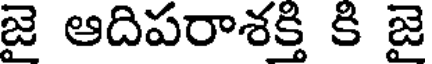
జై ఆదిపరాశక్తి కి జై